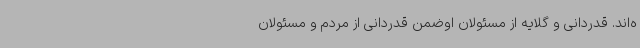
ه‌اند. قدردانی و گلایه از مسئولان اوضمن قدردانی از مردم و مسئولان